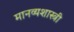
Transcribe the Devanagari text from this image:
मानव्यशास्त्री